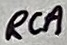
Text: RCA